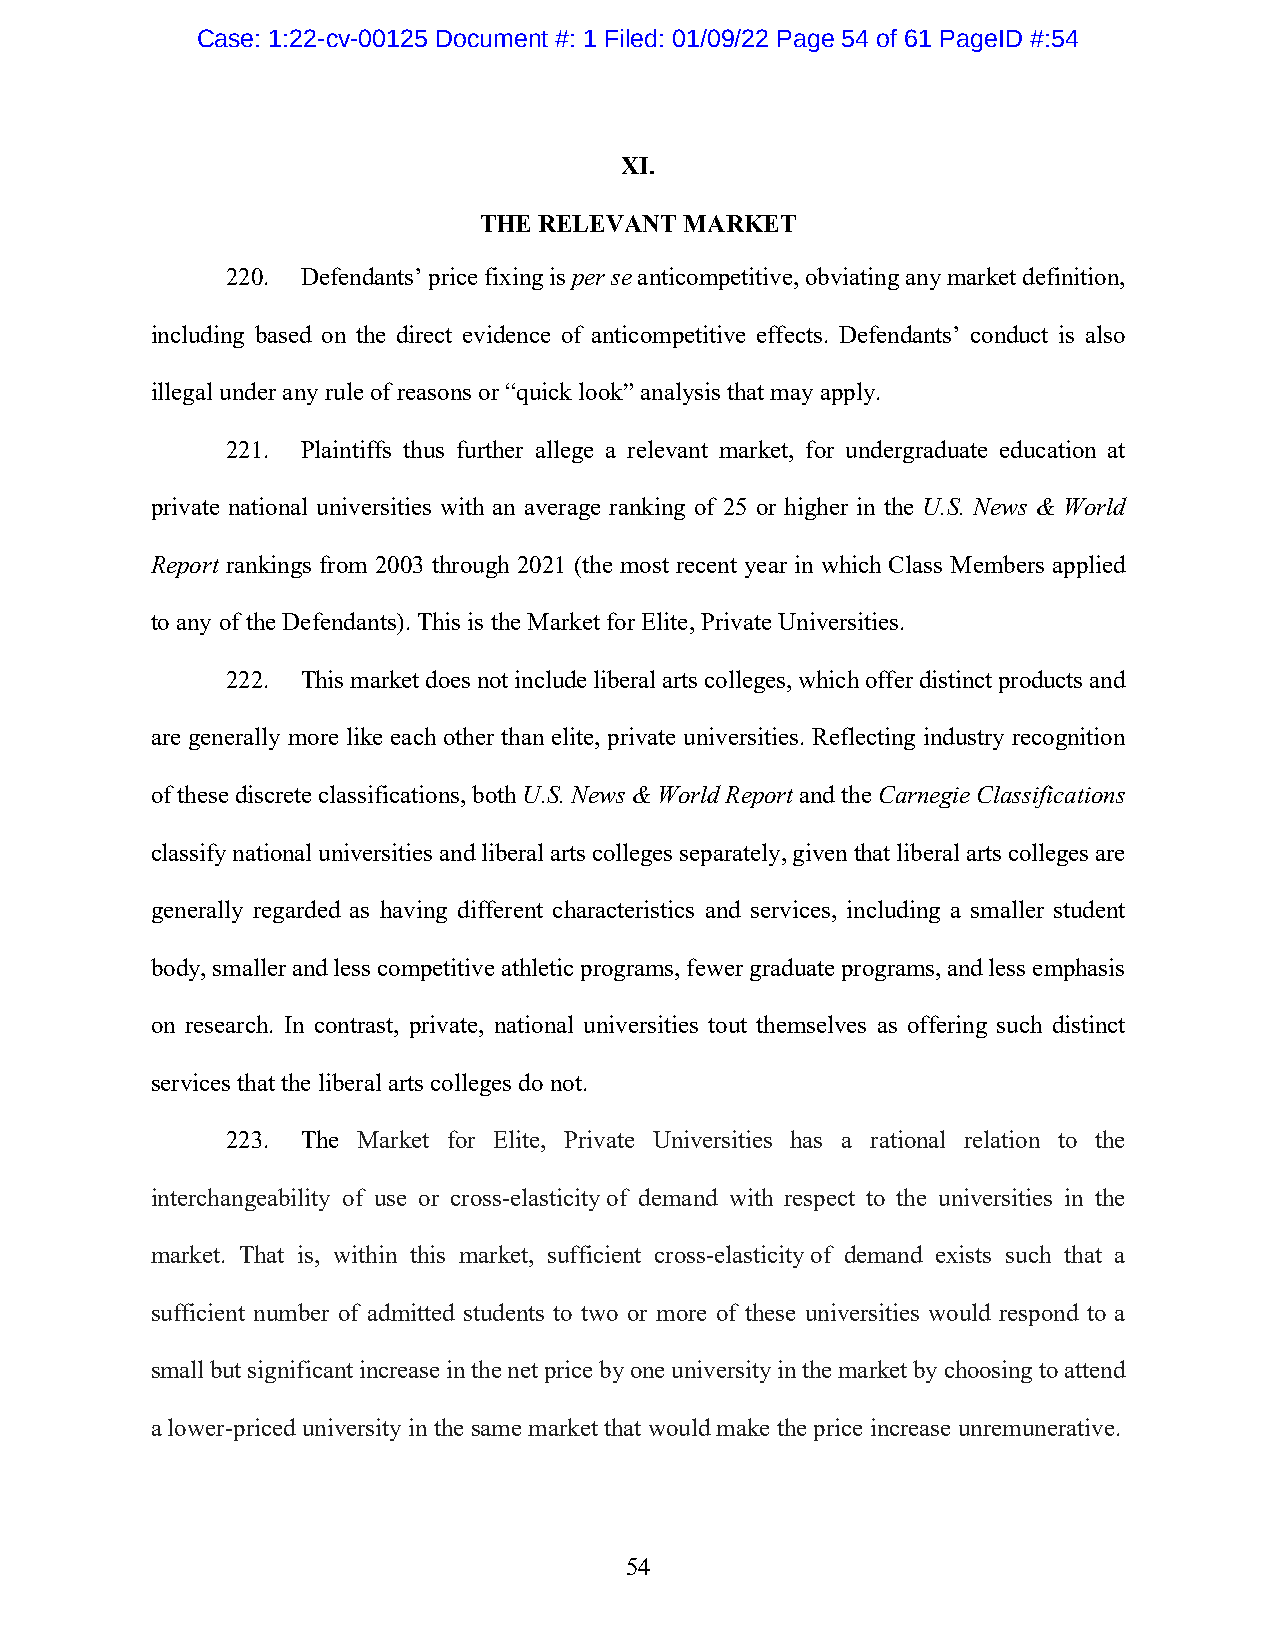
Case: 1:22-cv-00125 Document #: 1 Filed: 01/09/22 Page 54 of 61 PageID #:54
 XI.
 THE RELEVANT MARKET
 220. Defendants’ price fixing is per se anticompetitive, obviating any market definition,
 including based on the direct evidence of anticompetitive effects. Defendants’ conduct is also
 illegal under any rule of reasons or “quick look” analysis that may apply.
 221. Plaintiffs thus further allege a relevant market, for undergraduate education at
 private national universities with an average ranking of 25 or higher in the U.S. News & World
 Report rankings from 2003 through 2021 (the most recent year in which Class Members applied
 to any of the Defendants). This is the Market for Elite, Private Universities.
 222. This market does not include liberal arts colleges, which offer distinct products and
 are generally more like each other than elite, private universities. Reflecting industry recognition
 of these discrete classifications, both U.S. News & World Report and the Carnegie Classifications
 classify national universities and liberal arts colleges separately, given that liberal arts colleges are
 generally regarded as having different characteristics and services, including a smaller student
 body, smaller and less competitive athletic programs, fewer graduate programs, and less emphasis
 on research. In contrast, private, national universities tout themselves as offering such distinct
 services that the liberal arts colleges do not.
 223. The Market for Elite, Private Universities has a rational relation to the
 interchangeability of use or cross-elasticity of demand with respect to the universities in the
 market. That is, within this market, sufficient cross-elasticity of demand exists such that a
 sufficient number of admitted students to two or more of these universities would respond to a
 small but significant increase in the net price by one university in the market by choosing to attend
 a lower-priced university in the same market that would make the price increase unremunerative.
 54